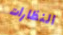
النظارات